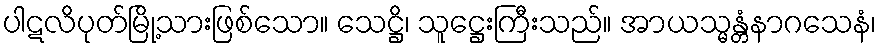
ပါဋလိပုတ်မြို့သားဖြစ်သော။ သေဋ္ဌိ၊ သူဋ္ဌေးကြီးသည်။ အာယသ္မန္တံနာဂသေနံ၊